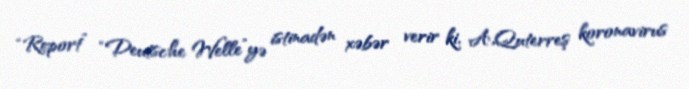
“Report” “Deutsche Welle”yə istinadən xəbər verir ki, A.Quterreş koronavirus